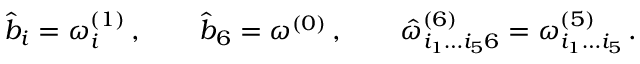
{ \hat { b } } _ { i } = \omega _ { i } ^ { ( 1 ) } \, , \qquad { \hat { b } } _ { 6 } = \omega ^ { ( 0 ) } \, , \qquad { \hat { \omega } } _ { i _ { 1 } \dots i _ { 5 } 6 } ^ { ( 6 ) } = \omega _ { i _ { 1 } \dots i _ { 5 } } ^ { ( 5 ) } \, .